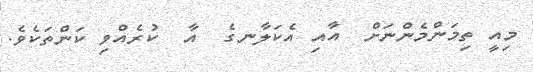
މިއީ ތިމަންމެންނަށް  އާއި އެކަލާނގެ  އާ  ކުރެއްވި ކަންތަކެވެ.